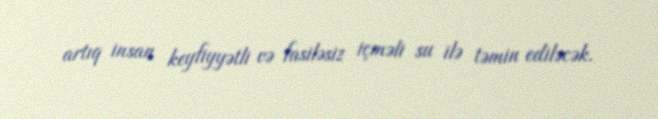
artıq insan keyfiyyətli və fasiləsiz içməli su ilə təmin ediləcək.